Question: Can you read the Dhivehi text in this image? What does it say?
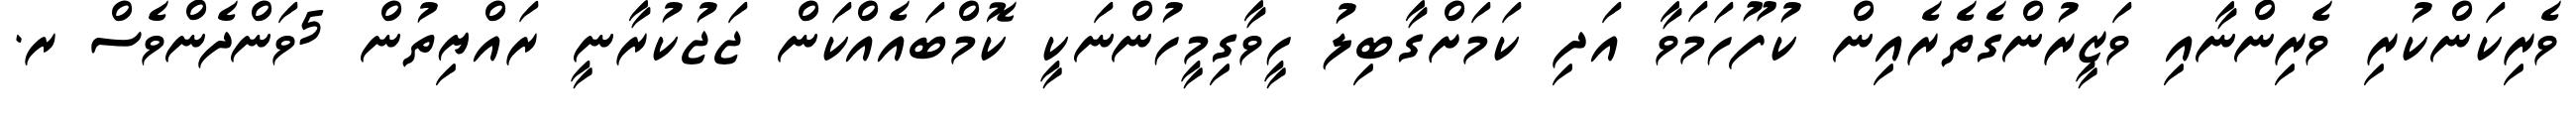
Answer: ވެރިކަންކުރި ވެރިންނާއި ވަޒީރުންގެތެރެއިން ކުފޫހަމަވާ އަދި ކަމަށްގާބިލު ހީވާގިމީހުންނަކީ ކޮމްބައެއްކަން ޖަޖުކުރާނީ ރައްޔިތުން 5ވަންދެންވެސް ރ.